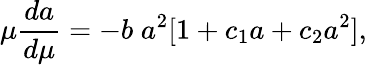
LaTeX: \mu\frac{da}{d\mu}=-b\; a^{2}[1+c_{1}a+c_{2}a^{2}],